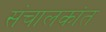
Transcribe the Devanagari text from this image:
संचालकांत